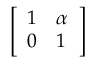
\left[ \begin{array} { l l } { 1 } & { \alpha } \\ { 0 } & { 1 } \end{array} \right]